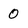
Character: 0